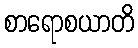
စာရောစယာတိ